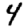
Digit: 4